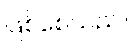
ဖြစ်စေသည်။